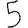
Digit: 5